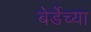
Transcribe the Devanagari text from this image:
बेर्डेच्या